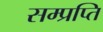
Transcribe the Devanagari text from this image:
सम्प्रप्ति